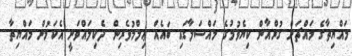
މައްޔިތާގެ މައްޗަށް ގުރްއާން ކިޔެވުމުގެ މައްސަލާގައި ބައެއް ޢިލްމުވެރިން ދެކިލައްވަނީ އެކަމުން މައްޔިތާ